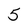
Character: 5